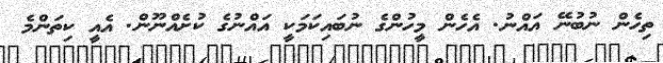
ތިހެން ނުބުނޭ އައްނު. އެހެން މީހުންގެ ނުބައިކަމަކީ އައްނުގެ ކުށެއްނޫން. އެއީ ކިތަންމެ